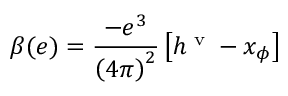
\beta ( e ) = \frac { - e ^ { 3 } } { \left( 4 \pi \right) ^ { 2 } } \left[ h ^ { \textrm { v } } - x _ { \phi } \right]